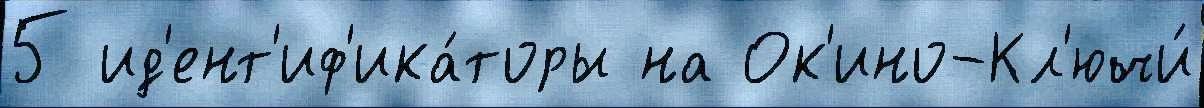
5 ид'ент'иф'ика́торы на Ок'ино-Кл'ючи́